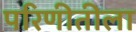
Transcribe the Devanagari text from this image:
परिणीतीला